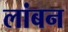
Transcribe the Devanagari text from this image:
लांबन